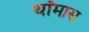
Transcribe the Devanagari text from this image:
थॉमास